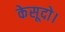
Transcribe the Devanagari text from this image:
केसूदो।